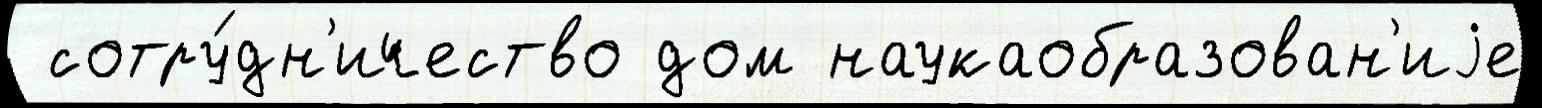
 сотру́дн'ичество дом наукаобразован'иjе